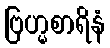
ဗြဟ္မစာရိနံ